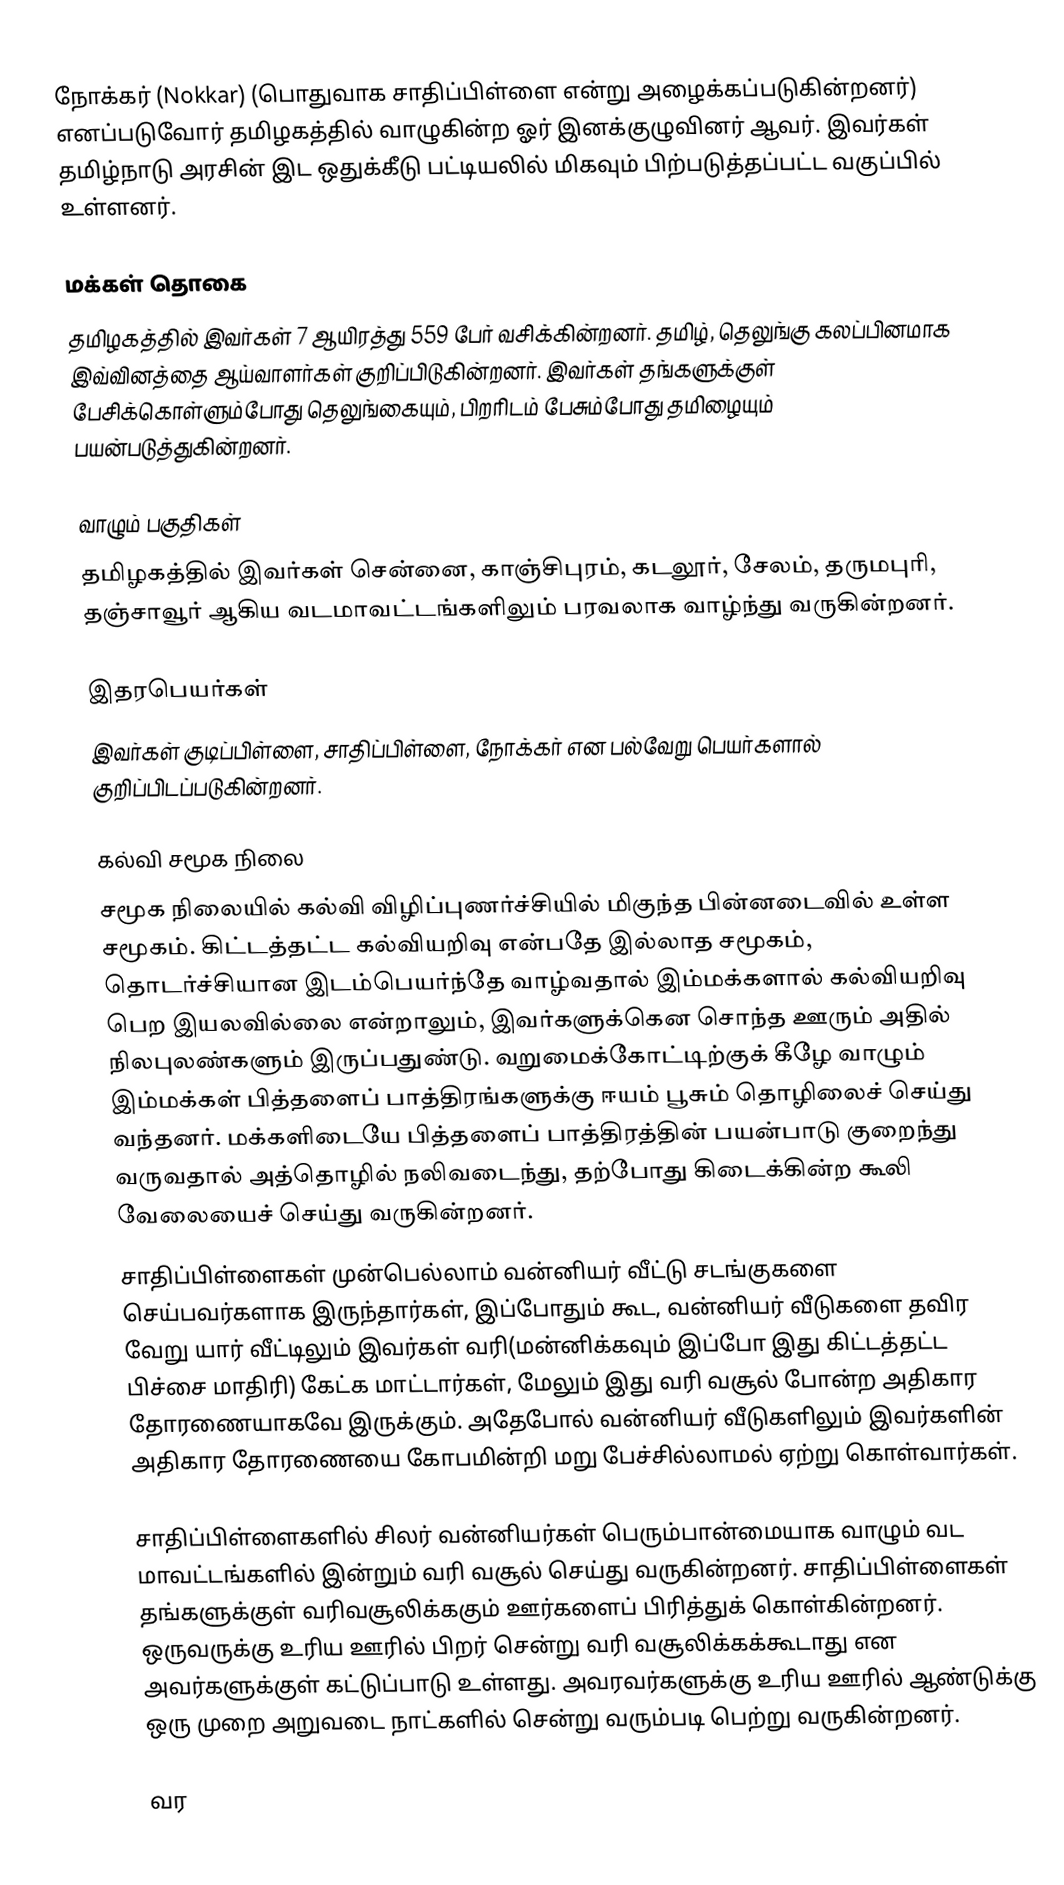
நோக்கர் (Nokkar) (பொதுவாக சாதிப்பிள்ளை என்று அழைக்கப்படுகின்றனர்) எனப்படுவோர் தமிழகத்தில் வாழுகின்ற ஓர் இனக்குழுவினர் ஆவர். இவர்கள் தமிழ்நாடு அரசின் இட ஒதுக்கீடு பட்டியலில் மிகவும் பிற்படுத்தப்பட்ட வகுப்பில் உள்ளனர்.

மக்கள் தொகை
தமிழகத்தில் இவர்கள் 7 ஆயிரத்து 559 பேர் வசிக்கின்றனர். தமிழ், தெலுங்கு கலப்பினமாக இவ்வினத்தை ஆய்வாளர்கள் குறிப்பிடுகின்றனர். இவர்கள் தங்களுக்குள் பேசிக்கொள்ளும்போது தெலுங்கையும், பிறரிடம் பேசும்போது தமிழையும் பயன்படுத்துகின்றனர்.

வாழும் பகுதிகள்
தமிழகத்தில் இவர்கள் சென்னை, காஞ்சிபுரம், கடலூர், சேலம், தருமபுரி, தஞ்சாவூர் ஆகிய வடமாவட்டங்களிலும் பரவலாக வாழ்ந்து வருகின்றனர்.

இதரபெயர்கள்
இவர்கள் குடிப்பிள்ளை, சாதிப்பிள்ளை, நோக்கர் என பல்வேறு பெயர்களால் குறிப்பிடப்படுகின்றனர்.

கல்வி சமூக நிலை
சமூக நிலையில் கல்வி விழிப்புணர்ச்சியில் மிகுந்த பின்னடைவில் உள்ள சமூகம். கிட்டத்தட்ட கல்வியறிவு என்பதே இல்லாத சமூகம், தொடர்ச்சியான இடம்பெயர்ந்தே வாழ்வதால் இம்மக்களால் கல்வியறிவு பெற இயலவில்லை என்றாலும், இவர்களுக்கென சொந்த ஊரும் அதில் நிலபுலண்களும் இருப்பதுண்டு. வறுமைக்கோட்டிற்குக் கீழே வாழும் இம்மக்கள் பித்தளைப் பாத்திரங்களுக்கு ஈயம் பூசும் தொழிலைச் செய்து வந்தனர். மக்களிடையே பித்தளைப் பாத்திரத்தின் பயன்பாடு குறைந்து வருவதால் அத்தொழில் நலிவடைந்து, தற்போது கிடைக்கின்ற கூலி வேலையைச் செய்து வருகின்றனர்.
சாதிப்பிள்ளைகள் முன்பெல்லாம் வன்னியர் வீட்டு சடங்குகளை செய்பவர்களாக இருந்தார்கள், இப்போதும் கூட, வன்னியர் வீடுகளை தவிர வேறு யார் வீட்டிலும் இவர்கள் வரி(மன்னிக்கவும் இப்போ இது கிட்டத்தட்ட பிச்சை மாதிரி) கேட்க மாட்டார்கள், மேலும் இது வரி வசூல் போன்ற அதிகார தோரணையாகவே இருக்கும். அதேபோல் வன்னியர் வீடுகளிலும் இவர்களின் அதிகார தோரணையை கோபமின்றி மறு பேச்சில்லாமல் ஏற்று கொள்வார்கள்.

சாதிப்பிள்ளைகளில் சிலர் வன்னியர்கள் பெரும்பான்மையாக வாழும் வட மாவட்டங்களில் இன்றும் வரி வசூல் செய்து வருகின்றனர். சாதிப்பிள்ளைகள் தங்களுக்குள் வரிவசூலிக்ககும் ஊர்களைப் பிரித்துக் கொள்கின்றனர். ஒருவருக்கு உரிய ஊரில் பிறர் சென்று வரி வசூலிக்கக்கூடாது என அவர்களுக்குள் கட்டுப்பாடு உள்ளது. அவரவர்களுக்கு உரிய ஊரில் ஆண்டுக்கு ஒரு முறை அறுவடை நாட்களில் சென்று வரும்படி பெற்று வருகின்றனர்.

வர